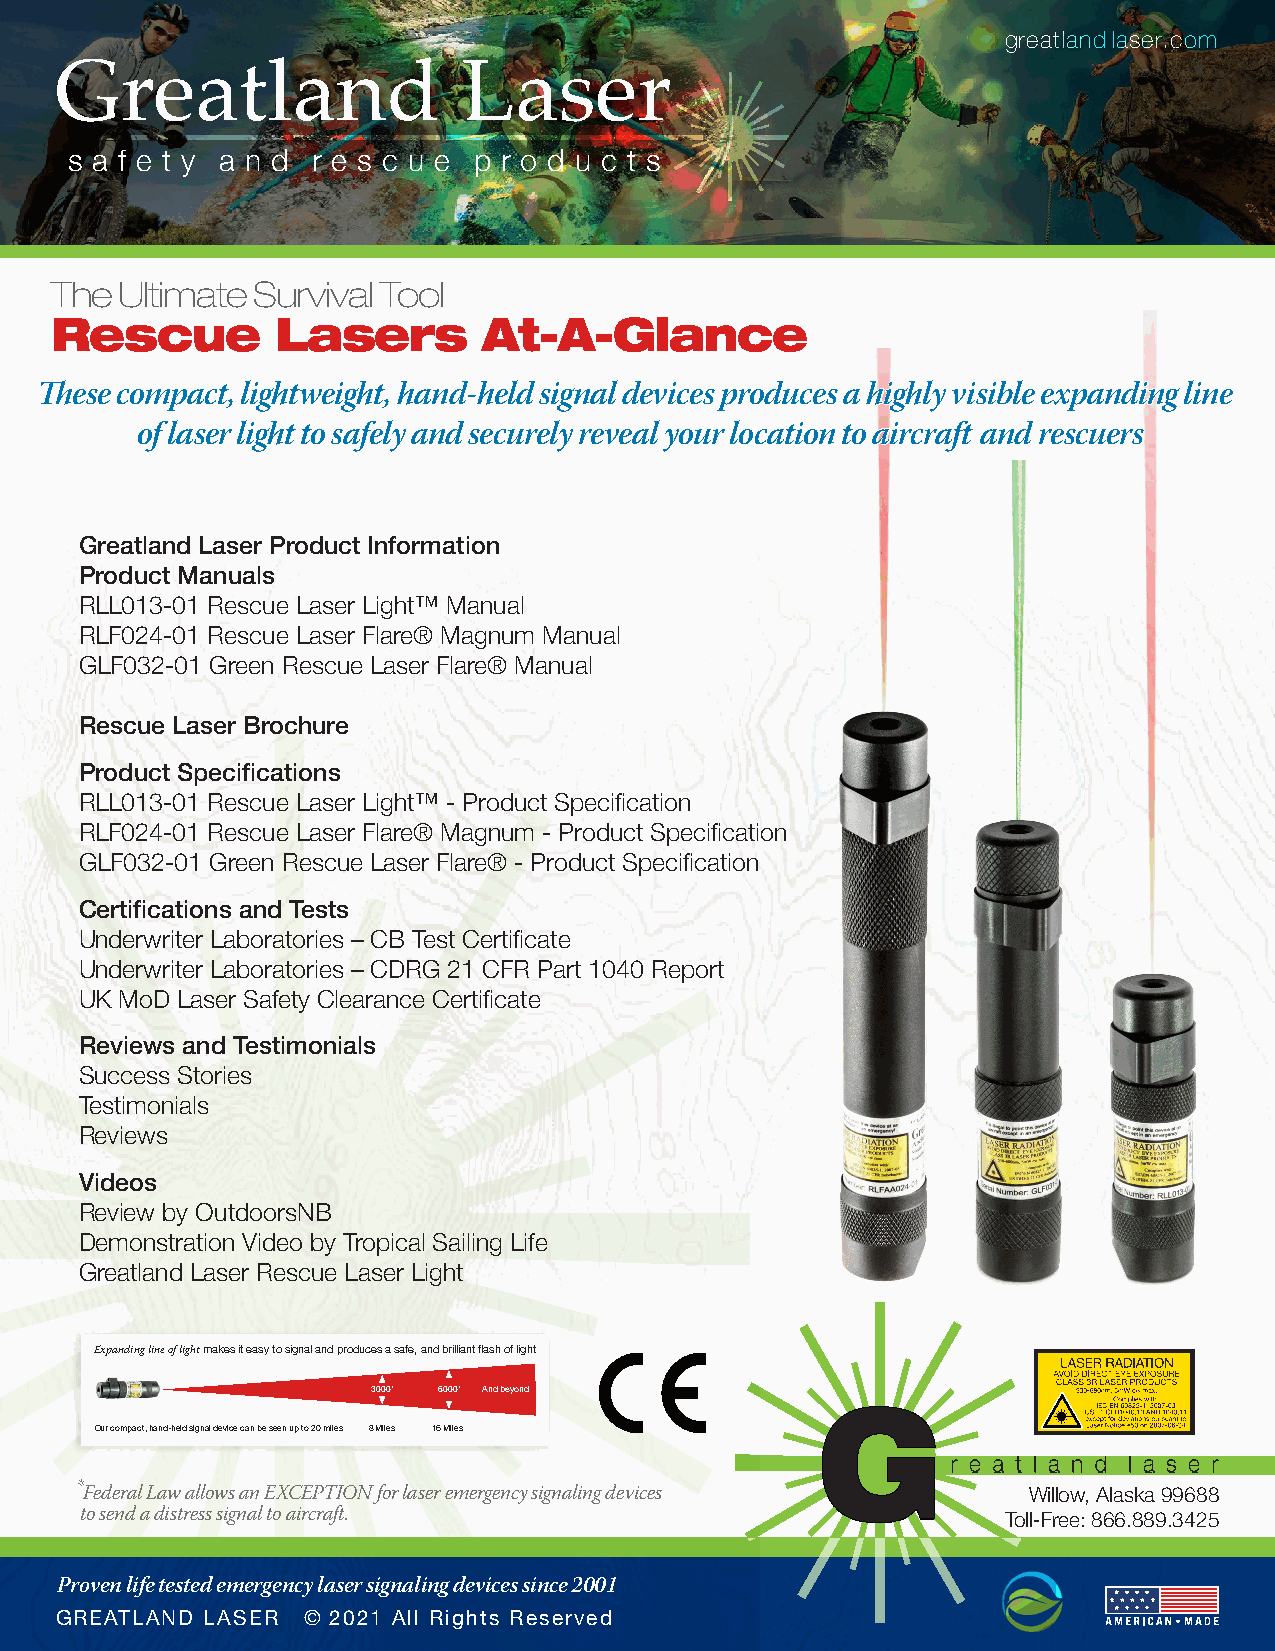
ggggrrrreeeeaaaattttllllaaaannnnddddllllaaaasssseeeerrrr....ccccoooommmm
 GGrreeaattllaanndd         LLaasseerr
 ss aa ff ee tt yy aa nn dd rr ee ss cc uu ee pp rr oo dd uu cc tt ss
 The  Ultimate Survival Tool
 Rescue         Lasers        At-A-Glance
 ThTheessee ccoommppaacctt,, lliigghhttwweeiigghhtt,, hhaanndd--hheelldd ssiiggnnaall ddeevviicceess pprroodduucceess aa hhiigghhllyy vviissiibbllee eexxppaannddiinngg lliinnee
 ooff llaasseerr lliigghhtt ttoo ssaaffeellyy aanndd sseeccuurreellyy rreevveeaall yyoouurr llooccaattiioonn ttoo aaiirrccrraafftt aanndd rreessccuueerrss
 Greatland Laser Product Information
 Product Manuals
 RLL013-01 Rescue Laser Light™ Manual
 RLF024-01 Rescue Laser Flare® Magnum Manual
 GLF032-01 Green Rescue Laser Flare® Manual
 Rescue Laser Brochure
 Product Specifications
 RLL013-01 Rescue Laser Light™ - Product Specification
 RLF024-01 Rescue Laser Flare® Magnum - Product Specification
 GLF032-01 Green Rescue Laser Flare® - Product Specification
 Certifications and Tests
 Underwriter Laboratories – CB Test Certificate
 Underwriter Laboratories – CDRG 21 CFR Part 1040 Report
 UK MoD Laser Safety Clearance Certificate
 Reviews and Testimonials
 Success Stories
 Testimonials
 Reviews
 Videos
 Review by OutdoorsNB
 Demonstration Video by Tropical Sailing Life
 Greatland Laser Rescue Laser Light
 Expanding line of light makes it easy to signal and produces a safe, and brilliant flash of light
 3000’ 6000’ And beyond
 GG
 Our compact, hand-held signal device can be seen up to 20 miles 8 Miles 16 Miles
 r e a t l an d l a s er
 *F ederal Law allows an EXCEPTION for laser emergency signaling devices WWiillllooww,, AAllaasskkaa 9999668888
 to send a distress signal to aircraft.                        TToollll--FFrreeee:: 886666..888899..33442255
 PPrroovveenn lliiffee tteesstteedd eemmeerrggeennccyy llaasseerr ssiiggnnaalliinngg ddeevviicceess ssiinnccee 22000011
 GGRREEAATTLLAANNDD LLAASSEERR ©© 22002211 AAllll RRiigghhttss RReesseerrvveedd